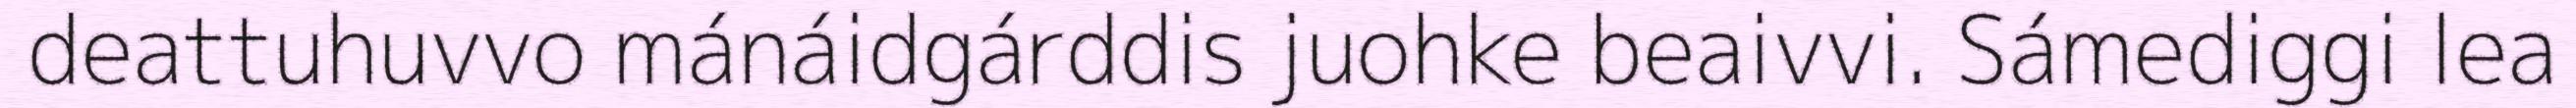
deattuhuvvo mánáidgárddis juohke beaivvi. Sámediggi lea